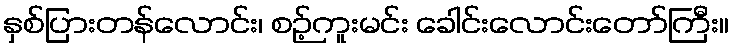
နှစ်ပြားတန်လောင်း၊ စဉ့်ကူးမင်း ခေါင်းလောင်းတော်ကြီး။